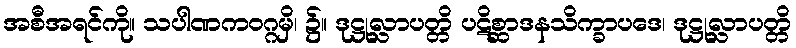
အစီအရင်ကို။ သပါဏကဝဂ္ဂမှိ၊ ၌။ ဒုဋ္ဌုလ္လာပတ္တိ ပဋိစ္ဆာဒနသိက္ခာပဒေ၊ ဒုဋ္ဌုလ္လာပတ္တိ